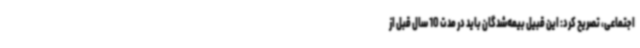
اجتماعی، تصریح کرد: این قبیل بیمه‌شدگان باید در مدت 10 سال قبل از